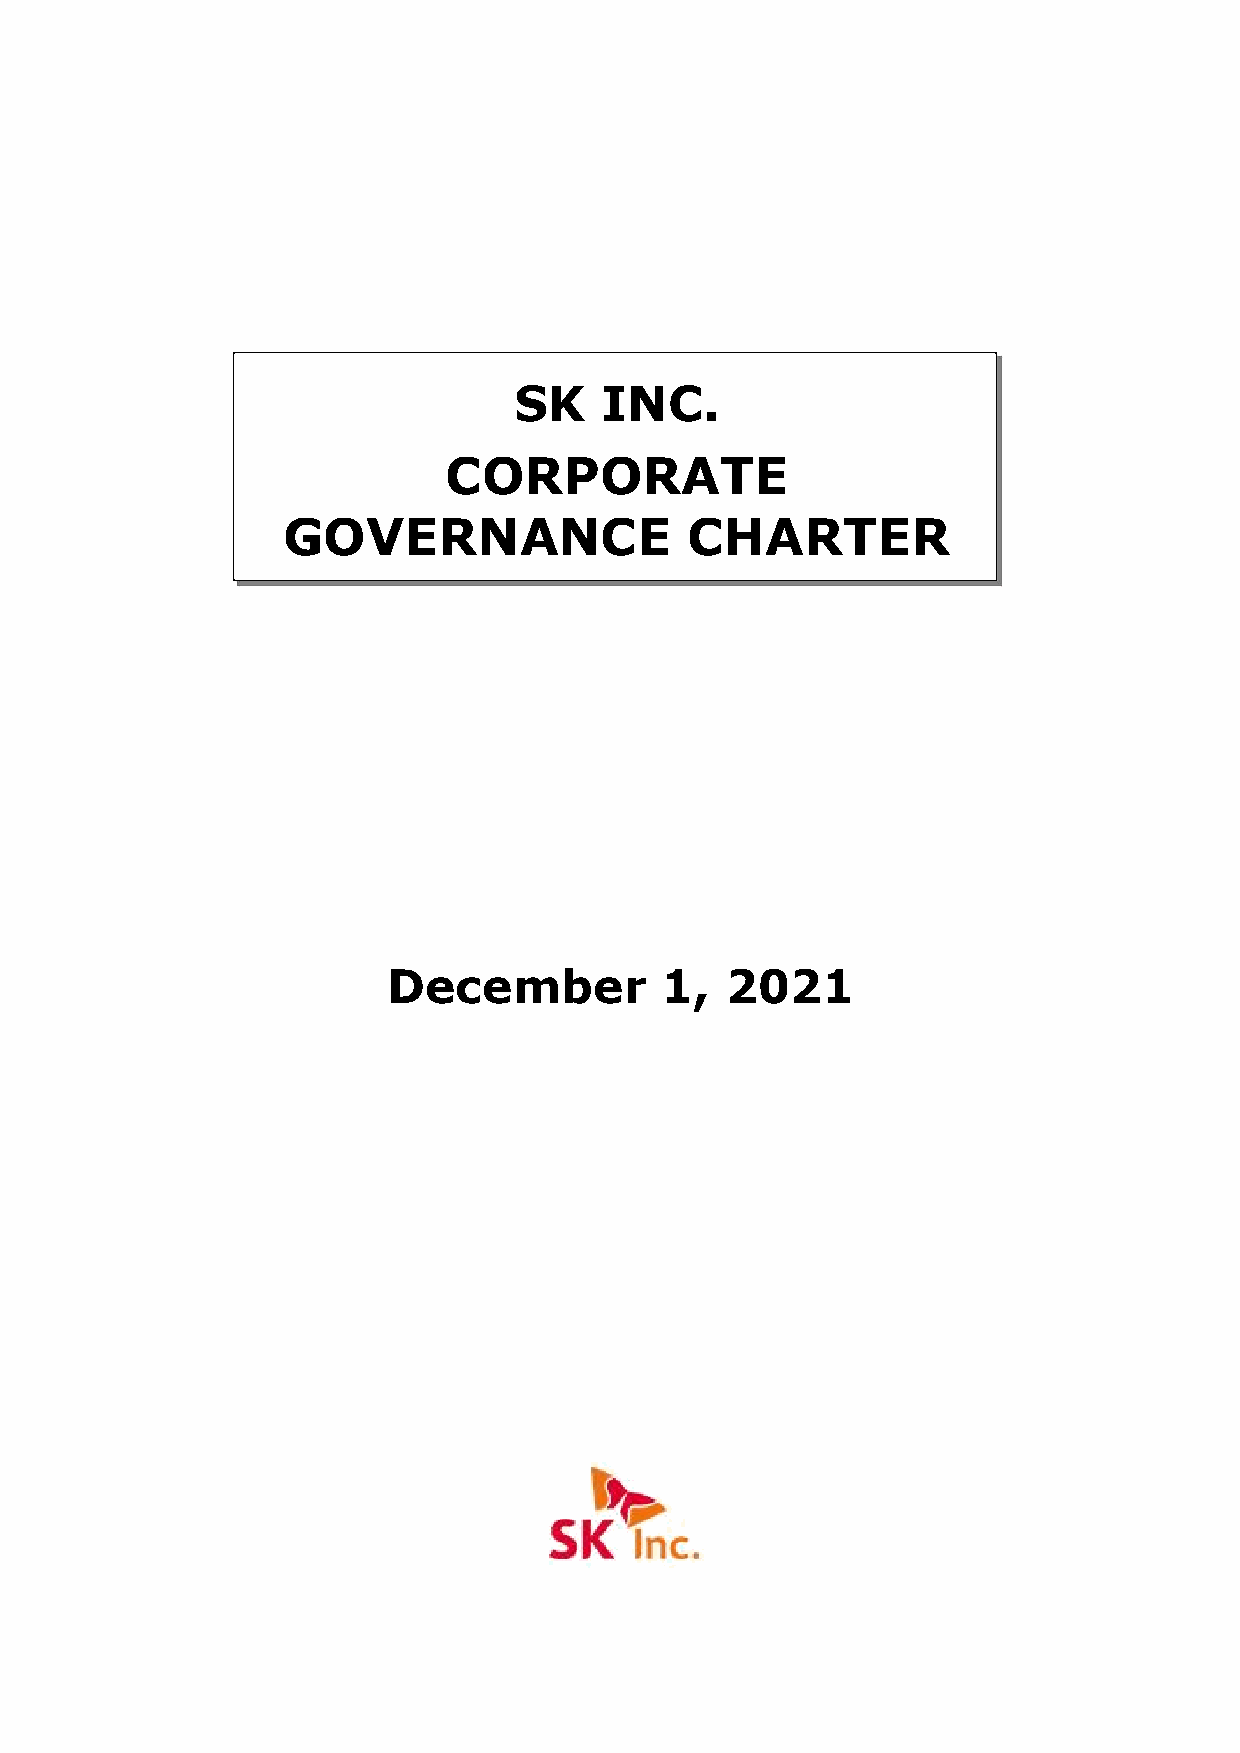
SK    INC.
 CORPORATE
 GOVERNANCE                CHARTER
 December          1,  2021